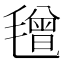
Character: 𣯿